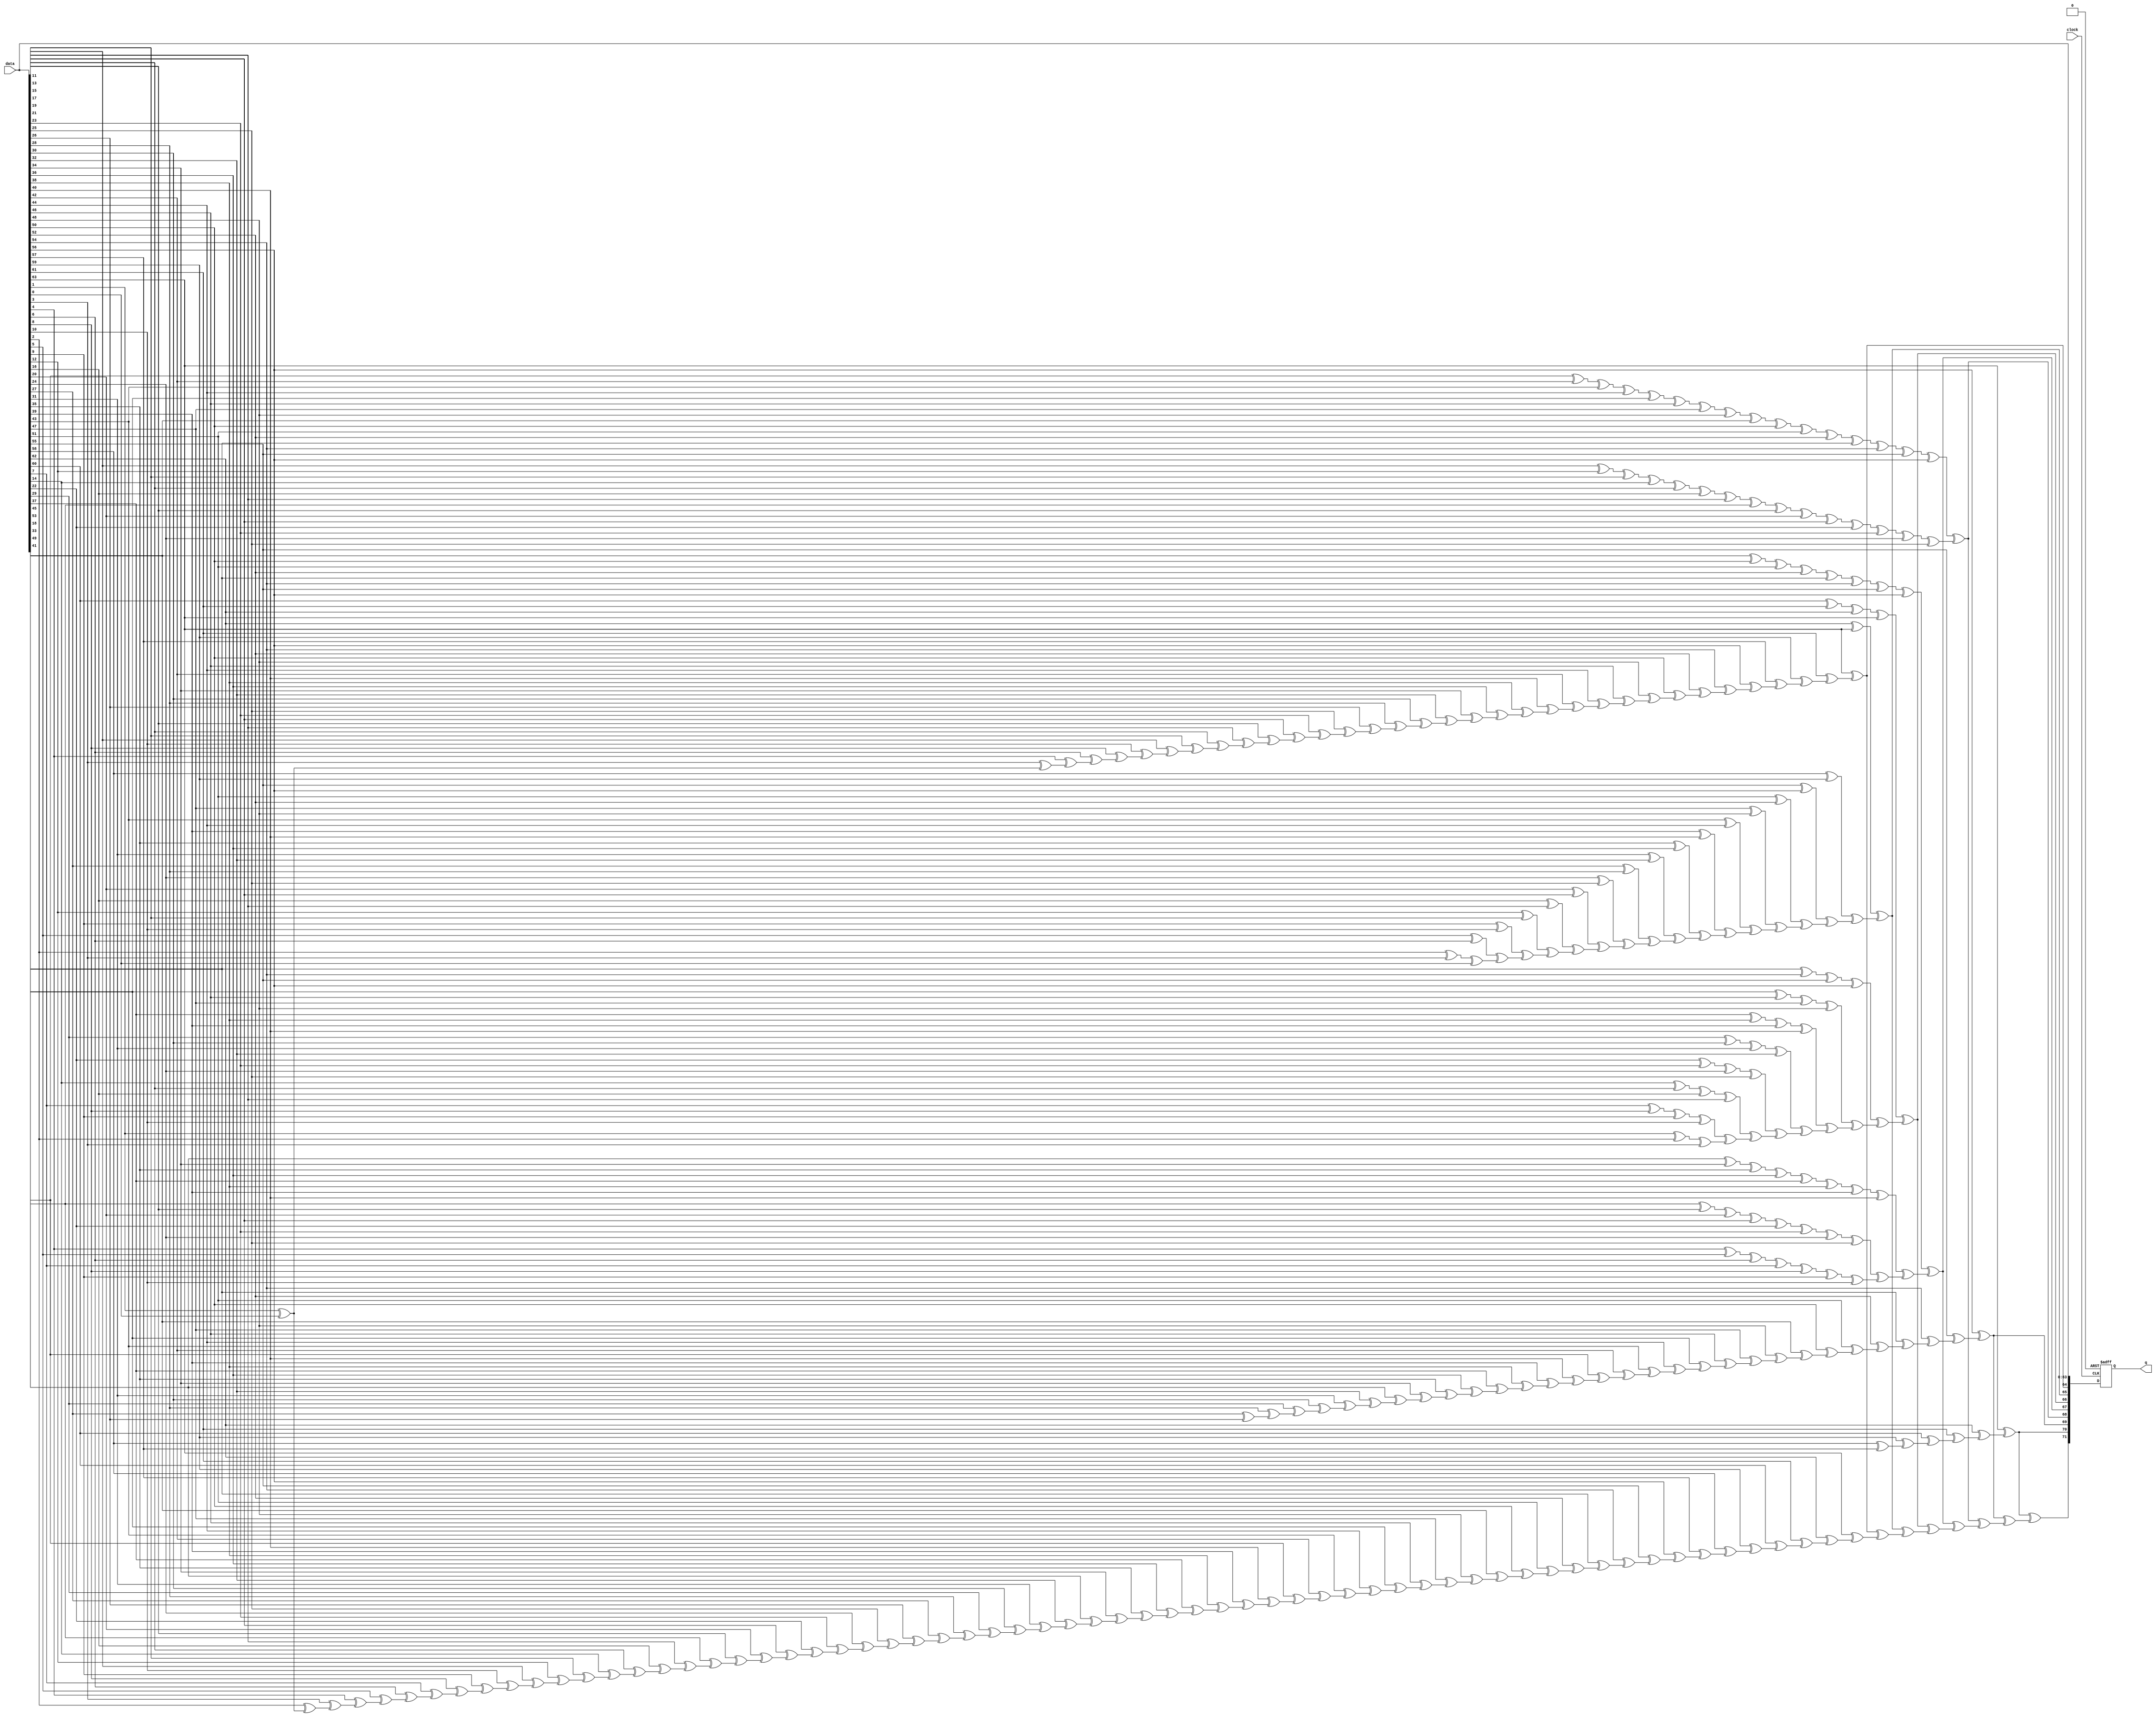
module  alt_ddrx_encoder_72_altecc_encoder_rlb
	( 
	clock,
	data,
	q) ;
	input   clock;
	input   [63:0]  data;
	output   [71:0]  q;
`ifndef ALTERA_RESERVED_QIS
// synopsys translate_off
`endif
	tri0   clock;
`ifndef ALTERA_RESERVED_QIS
// synopsys translate_on
`endif

	reg	[71:0]	output_pipeline0c;
	wire aclr;
	wire clocken;
	wire  [63:0]  data_wire;
	wire  [34:0]  parity_01_wire;
	wire  [17:0]  parity_02_wire;
	wire  [8:0]  parity_03_wire;
	wire  [3:0]  parity_04_wire;
	wire  [1:0]  parity_05_wire;
	wire  [30:0]  parity_06_wire;
	wire  [6:0]  parity_07_wire;
	wire  [70:0]  parity_final_wire;
	wire  [71:0]  q_wire;

	// synopsys translate_off
	initial
		output_pipeline0c = 0;
	// synopsys translate_on
	always @ ( posedge clock or  posedge aclr)
		if (aclr == 1'b1) output_pipeline0c <= 72'b0;
		else if  (clocken == 1'b1)   output_pipeline0c <= q_wire;
	assign
		aclr = 1'b0,
		clocken = 1'b1,
		data_wire = data,
		parity_01_wire = {(data_wire[63] ^ parity_01_wire[33]), (data_wire[61] ^ parity_01_wire[32]), (data_wire[59] ^ parity_01_wire[31]), (data_wire[57] ^ parity_01_wire[30]), (data_wire[56] ^ parity_01_wire[29]), (data_wire[54] ^ parity_01_wire[28]), (data_wire[52] ^ parity_01_wire[27]), (data_wire[50] ^ parity_01_wire[26]), (data_wire[48] ^ parity_01_wire[25]), (data_wire[46] ^ parity_01_wire[24]), (data_wire[44] ^ parity_01_wire[23]), (data_wire[42] ^ parity_01_wire[22]), (data_wire[40] ^ parity_01_wire[21]), (data_wire[38] ^ parity_01_wire[20]), (data_wire[36] ^ parity_01_wire[19]), (data_wire[34] ^ parity_01_wire[18]), (data_wire[32] ^ parity_01_wire[17]), (data_wire[30] ^ parity_01_wire[16]), (data_wire[28] ^ parity_01_wire[15]), (data_wire[26] ^ parity_01_wire[14]), (data_wire[25] ^ parity_01_wire[13]), (data_wire[23] ^ parity_01_wire[12]), (data_wire[21] ^ parity_01_wire[11]), (data_wire[19] ^ parity_01_wire[10]), (data_wire[17] ^ parity_01_wire[9]), (data_wire[15] ^ parity_01_wire[8]), (data_wire[13] ^ parity_01_wire[7]), (data_wire[11] ^ parity_01_wire[6]), (data_wire[10] ^ parity_01_wire[5]), (data_wire[8] ^ parity_01_wire[4]), (data_wire[6] ^ parity_01_wire[3]), (data_wire[4] ^ parity_01_wire[2]), (data_wire[3] ^ parity_01_wire[1]), (data_wire[1] ^ parity_01_wire[0]), data_wire[0]},
		parity_02_wire = {((data_wire[62] ^ data_wire[63]) ^ parity_02_wire[16]), ((data_wire[58] ^ data_wire[59]) ^ parity_02_wire[15]), ((data_wire[55] ^ data_wire[56]) ^ parity_02_wire[14]), ((data_wire[51] ^ data_wire[52]) ^ parity_02_wire[13]), ((data_wire[47] ^ data_wire[48]) ^ parity_02_wire[12]), ((data_wire[43] ^ data_wire[44]) ^ parity_02_wire[11]), ((data_wire[39] ^ data_wire[40]) ^ parity_02_wire[10]), ((data_wire[35] ^ data_wire[36]) ^ parity_02_wire[9]), ((data_wire[31] ^ data_wire[32]) ^ parity_02_wire[8]), ((data_wire[27] ^ data_wire[28]) ^ parity_02_wire[7]), ((data_wire[24] ^ data_wire[25]) ^ parity_02_wire[6]), ((data_wire[20] ^ data_wire[21]) ^ parity_02_wire[5]), ((data_wire[16] ^ data_wire[17]) ^ parity_02_wire[4]), ((data_wire[12] ^ data_wire[13]) ^ parity_02_wire[3]), ((data_wire[9] ^ data_wire[10]) ^ parity_02_wire[2]), ((data_wire[5] ^ data_wire[6]) ^ parity_02_wire[1]), ((data_wire[2] ^ data_wire[3]) ^ parity_02_wire[0]), data_wire[0]},
		parity_03_wire = {((((data_wire[60] ^ data_wire[61]) ^ data_wire[62]) ^ data_wire[63]) ^ parity_03_wire[7]), ((((data_wire[53] ^ data_wire[54]) ^ data_wire[55]) ^ data_wire[56]) ^ parity_03_wire[6]), ((((data_wire[45] ^ data_wire[46]) ^ data_wire[47]) ^ data_wire[48]) ^ parity_03_wire[5]), ((((data_wire[37] ^ data_wire[38]) ^ data_wire[39]) ^ data_wire[40]) ^ parity_03_wire[4]), ((((data_wire[29] ^ data_wire[30]) ^ data_wire[31]) ^ data_wire[32]) ^ parity_03_wire[3]), ((((data_wire[22] ^ data_wire[23]) ^ data_wire[24]) ^ data_wire[25]) ^ parity_03_wire[2]), ((((data_wire[14] ^ data_wire[15]) ^ data_wire[16]) ^ data_wire[17]) ^ parity_03_wire[1]), ((((data_wire[7] ^ data_wire[8]) ^ data_wire[9]) ^ data_wire[10]) ^ parity_03_wire[0]), ((data_wire[1] ^ data_wire[2]) ^ data_wire[3])},
		parity_04_wire = {((((((((data_wire[49] ^ data_wire[50]) ^ data_wire[51]) ^ data_wire[52]) ^ data_wire[53]) ^ data_wire[54]) ^ data_wire[55]) ^ data_wire[56]) ^ parity_04_wire[2]), ((((((((data_wire[33] ^ data_wire[34]) ^ data_wire[35]) ^ data_wire[36]) ^ data_wire[37]) ^ data_wire[38]) ^ data_wire[39]) ^ data_wire[40]) ^ parity_04_wire[1]), ((((((((data_wire[18] ^ data_wire[19]) ^ data_wire[20]) ^ data_wire[21]) ^ data_wire[22]) ^ data_wire[23]) ^ data_wire[24]) ^ data_wire[25]) ^ parity_04_wire[0]), ((((((data_wire[4] ^ data_wire[5]) ^ data_wire[6]) ^ data_wire[7]) ^ data_wire[8]) ^ data_wire[9]) ^ data_wire[10])},
		parity_05_wire = {((((((((((((((((data_wire[41] ^ data_wire[42]) ^ data_wire[43]) ^ data_wire[44]) ^ data_wire[45]) ^ data_wire[46]) ^ data_wire[47]) ^ data_wire[48]) ^ data_wire[49]) ^ data_wire[50]) ^ data_wire[51]) ^ data_wire[52]) ^ data_wire[53]) ^ data_wire[54]) ^ data_wire[55]) ^ data_wire[56]) ^ parity_05_wire[0]), ((((((((((((((data_wire[11] ^ data_wire[12]) ^ data_wire[13]) ^ data_wire[14]) ^ data_wire[15]) ^ data_wire[16]) ^ data_wire[17]) ^ data_wire[18]) ^ data_wire[19]) ^ data_wire[20]) ^ data_wire[21]) ^ data_wire[22]) ^ data_wire[23]) ^ data_wire[24]) ^ data_wire[25])},
		parity_06_wire = {(data_wire[56] ^ parity_06_wire[29]), (data_wire[55] ^ parity_06_wire[28]), (data_wire[54] ^ parity_06_wire[27]), (data_wire[53] ^ parity_06_wire[26]), (data_wire[52] ^ parity_06_wire[25]), (data_wire[51] ^ parity_06_wire[24]), (data_wire[50] ^ parity_06_wire[23]), (data_wire[49] ^ parity_06_wire[22]), (data_wire[48] ^ parity_06_wire[21]), (data_wire[47] ^ parity_06_wire[20]), (data_wire[46] ^ parity_06_wire[19]), (data_wire[45] ^ parity_06_wire[18]), (data_wire[44] ^ parity_06_wire[17]), (data_wire[43] ^ parity_06_wire[16]), (data_wire[42] ^ parity_06_wire[15]), (data_wire[41] ^ parity_06_wire[14]), (data_wire[40] ^ parity_06_wire[13]), (data_wire[39] ^ parity_06_wire[12]), (data_wire[38] ^ parity_06_wire[11]), (data_wire[37] ^ parity_06_wire[10]), (data_wire[36] ^ parity_06_wire[9]), (data_wire[35] ^ parity_06_wire[8]), (data_wire[34] ^ parity_06_wire[7]), (data_wire[33] ^ parity_06_wire[6]), (data_wire[32] ^ parity_06_wire[5]), (data_wire[31] ^ parity_06_wire[4]), (data_wire[30] ^ parity_06_wire[3]), (data_wire[29] ^ parity_06_wire[2]), (data_wire[28] ^ parity_06_wire[1]), (data_wire[27] ^ parity_06_wire[0]), data_wire[26]},
		parity_07_wire = {(data_wire[63] ^ parity_07_wire[5]), (data_wire[62] ^ parity_07_wire[4]), (data_wire[61] ^ parity_07_wire[3]), (data_wire[60] ^ parity_07_wire[2]), (data_wire[59] ^ parity_07_wire[1]), (data_wire[58] ^ parity_07_wire[0]), data_wire[57]},
		parity_final_wire = {(q_wire[70] ^ parity_final_wire[69]), (q_wire[69] ^ parity_final_wire[68]), (q_wire[68] ^ parity_final_wire[67]), (q_wire[67] ^ parity_final_wire[66]), (q_wire[66] ^ parity_final_wire[65]), (q_wire[65] ^ parity_final_wire[64]), (q_wire[64] ^ parity_final_wire[63]), (q_wire[63] ^ parity_final_wire[62]), (q_wire[62] ^ parity_final_wire[61]), (q_wire[61] ^ parity_final_wire[60]), (q_wire[60] ^ parity_final_wire[59]), (q_wire[59] ^ parity_final_wire[58]), (q_wire[58] ^ parity_final_wire[57]), (q_wire[57] ^ parity_final_wire[56]), (q_wire[56] ^ parity_final_wire[55]), (q_wire[55] ^ parity_final_wire[54]), (q_wire[54] ^ parity_final_wire[53]), (q_wire[53] ^ parity_final_wire[52]), (q_wire[52] ^ parity_final_wire[51]), (q_wire[51] ^ parity_final_wire[50]), (q_wire[50] ^ parity_final_wire[49]), (q_wire[49] ^ parity_final_wire[48]), (q_wire[48] ^ parity_final_wire[47]), (q_wire[47] ^ parity_final_wire[46]), (q_wire[46] ^ parity_final_wire[45]), (q_wire[45] ^ parity_final_wire[44]), (q_wire[44] ^ parity_final_wire[43]), (q_wire[43] ^ parity_final_wire[42]), (q_wire[42] ^ parity_final_wire[41]), (q_wire[41] ^ parity_final_wire[40]), (q_wire[40] ^ parity_final_wire[39]), (q_wire[39] ^ parity_final_wire[38]), (q_wire[38] ^ parity_final_wire[37]), (q_wire[37] ^ parity_final_wire[36]), (q_wire[36] ^ parity_final_wire[35]), (q_wire[35] ^ parity_final_wire[34]), (q_wire[34] ^ parity_final_wire[33]), (q_wire[33] ^ parity_final_wire[32]), (q_wire[32] ^ parity_final_wire[31]), (q_wire[31] ^ parity_final_wire[30]), (q_wire[30] ^ parity_final_wire[29]), (q_wire[29] ^ parity_final_wire[28]), (q_wire[28] ^ parity_final_wire[27]), (q_wire[27] ^ parity_final_wire[26]), (q_wire[26] ^ parity_final_wire[25]), (q_wire[25] ^ parity_final_wire[24]), (q_wire[24] ^ parity_final_wire[23]), (q_wire[23] ^ parity_final_wire[22]), (q_wire[22] ^ parity_final_wire[21]), (q_wire[21] ^ parity_final_wire[20]), (q_wire[20] ^ parity_final_wire[19]), (q_wire[19] ^ parity_final_wire[18]), (q_wire[18] ^ parity_final_wire[17]), (q_wire[17]
 ^ parity_final_wire[16]), (q_wire[16] ^ parity_final_wire[15]), (q_wire[15] ^ parity_final_wire[14]), (q_wire[14] ^ parity_final_wire[13]), (q_wire[13] ^ parity_final_wire[12]), (q_wire[12] ^ parity_final_wire[11]), (q_wire[11] ^ parity_final_wire[10]), (q_wire[10] ^ parity_final_wire[9]), (q_wire[9] ^ parity_final_wire[8]), (q_wire[8] ^ parity_final_wire[7]), (q_wire[7] ^ parity_final_wire[6]), (q_wire[6] ^ parity_final_wire[5]), (q_wire[5] ^ parity_final_wire[4]), (q_wire[4] ^ parity_final_wire[3]), (q_wire[3] ^ parity_final_wire[2]), (q_wire[2] ^ parity_final_wire[1]), (q_wire[1] ^ parity_final_wire[0]), q_wire[0]},
		q = output_pipeline0c,
		q_wire = {parity_final_wire[70], parity_07_wire[6], parity_06_wire[30], parity_05_wire[1], parity_04_wire[3], parity_03_wire[8], parity_02_wire[17], parity_01_wire[34], data_wire};
endmodule
module alt_ddrx_encoder_72 (
	clock,
	data,
	q);

	input	  clock;
	input	[63:0]  data;
	output	[71:0]  q;

	wire [71:0] sub_wire0;
	wire [71:0] q = sub_wire0[71:0];

	alt_ddrx_encoder_72_altecc_encoder_rlb	alt_ddrx_encoder_72_altecc_encoder_rlb_component (
				.clock (clock),
				.data (data),
				.q (sub_wire0));

endmodule